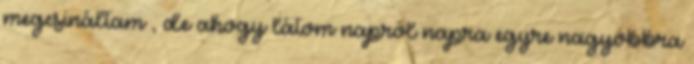
megcsináltam , de ahogy látom napról napra egyre nagyobbra